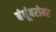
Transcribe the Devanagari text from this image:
बंधूंबरोबर